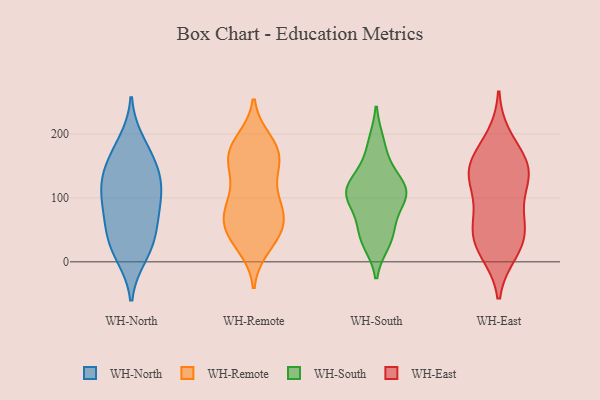
{"axis": {"x": "Net Income (USD K)", "y": "Value"}, "legend": ["WH-East", "WH-North", "WH-Remote", "WH-South"], "data": [{"x": "", "y": 154, "type": "WH-North"}, {"x": "", "y": 69, "type": "WH-North"}, {"x": "", "y": 131, "type": "WH-North"}, {"x": "", "y": 77, "type": "WH-North"}, {"x": "", "y": 93, "type": "WH-North"}, {"x": "", "y": 119, "type": "WH-North"}, {"x": "", "y": 10, "type": "WH-North"}, {"x": "", "y": 132, "type": "WH-North"}, {"x": "", "y": 187, "type": "WH-North"}, {"x": "", "y": 17, "type": "WH-North"}, {"x": "", "y": 168, "type": "WH-North"}, {"x": "", "y": 107, "type": "WH-North"}, {"x": "", "y": 38, "type": "WH-North"}, {"x": "", "y": 41, "type": "WH-North"}, {"x": "", "y": 45, "type": "WH-Remote"}, {"x": "", "y": 90, "type": "WH-Remote"}, {"x": "", "y": 152, "type": "WH-Remote"}, {"x": "", "y": 72, "type": "WH-Remote"}, {"x": "", "y": 173, "type": "WH-Remote"}, {"x": "", "y": 24, "type": "WH-Remote"}, {"x": "", "y": 36, "type": "WH-Remote"}, {"x": "", "y": 129, "type": "WH-Remote"}, {"x": "", "y": 47, "type": "WH-Remote"}, {"x": "", "y": 42, "type": "WH-Remote"}, {"x": "", "y": 83, "type": "WH-Remote"}, {"x": "", "y": 166, "type": "WH-Remote"}, {"x": "", "y": 70, "type": "WH-Remote"}, {"x": "", "y": 87, "type": "WH-Remote"}, {"x": "", "y": 131, "type": "WH-Remote"}, {"x": "", "y": 183, "type": "WH-Remote"}, {"x": "", "y": 162, "type": "WH-Remote"}, {"x": "", "y": 189, "type": "WH-Remote"}, {"x": "", "y": 173, "type": "WH-Remote"}, {"x": "", "y": 77, "type": "WH-Remote"}, {"x": "", "y": 109, "type": "WH-South"}, {"x": "", "y": 61, "type": "WH-South"}, {"x": "", "y": 30, "type": "WH-South"}, {"x": "", "y": 187, "type": "WH-South"}, {"x": "", "y": 92, "type": "WH-South"}, {"x": "", "y": 109, "type": "WH-South"}, {"x": "", "y": 111, "type": "WH-South"}, {"x": "", "y": 117, "type": "WH-South"}, {"x": "", "y": 39, "type": "WH-South"}, {"x": "", "y": 149, "type": "WH-South"}, {"x": "", "y": 72, "type": "WH-East"}, {"x": "", "y": 25, "type": "WH-East"}, {"x": "", "y": 139, "type": "WH-East"}, {"x": "", "y": 64, "type": "WH-East"}, {"x": "", "y": 158, "type": "WH-East"}, {"x": "", "y": 47, "type": "WH-East"}, {"x": "", "y": 149, "type": "WH-East"}, {"x": "", "y": 118, "type": "WH-East"}, {"x": "", "y": 17, "type": "WH-East"}, {"x": "", "y": 147, "type": "WH-East"}, {"x": "", "y": 192, "type": "WH-East"}, {"x": "", "y": 129, "type": "WH-East"}, {"x": "", "y": 33, "type": "WH-East"}]}